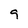
Character: 9